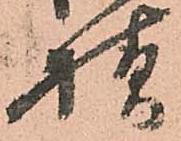
様